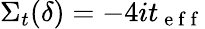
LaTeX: \Sigma_{t}(\delta)=-4it_{\mathrm{~e~f~f~}}